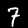
Digit: 7